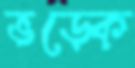
ভড়্‌কে